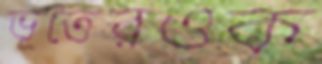
ভূতেরওক